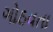
ગોઠવતા